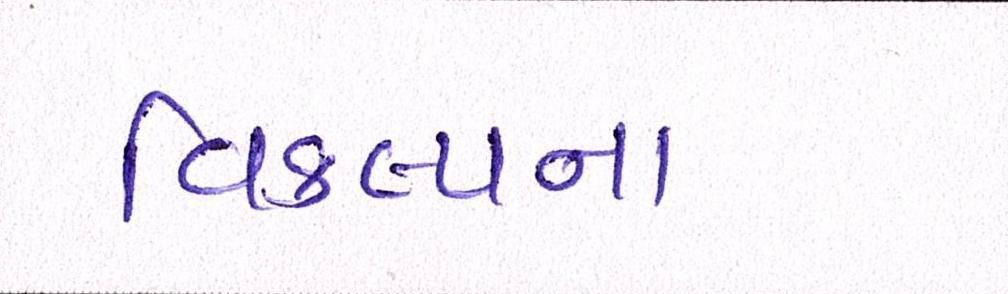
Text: વિકલ્પના